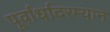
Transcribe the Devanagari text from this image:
पूर्वार्धादरम्यान